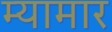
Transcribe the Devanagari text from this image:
म्यामार